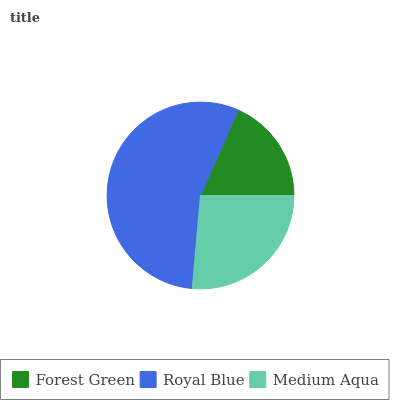
| Forest Green | Royal Blue | Medium Aqua |
 | --- | --- | --- |
 | 18.3% | 55.3% | 26.4% |